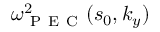
\omega _ { \mathrm { ~ P ~ E ~ C ~ } } ^ { 2 } ( s _ { 0 } , k _ { y } )